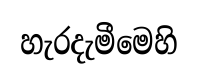
හැරදැමීමෙහි